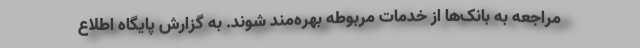
مراجعه به بانک‌ها از خدمات مربوطه بهره‌مند شوند. به گزارش پایگاه اطلاع